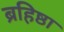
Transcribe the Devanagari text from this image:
ब्रहिष्ठा